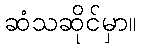
ဆံသဆိုင်မှာ။